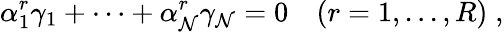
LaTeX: \alpha_{1}^{r}\gamma_{1}+\dots+\alpha_{\mathcal{N}}^{r}\gamma_{\mathcal{N}}=0\quad(r=1,...,R)\; ,